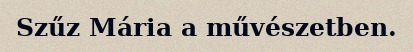
Szűz Mária a művészetben.